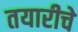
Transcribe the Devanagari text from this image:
तयारीचे